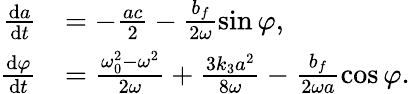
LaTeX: \begin{array}{rl}{\frac{\mathrm{d}a}{\mathrm{d}t}}&{=-\frac{ac}{2}-\frac{b_{f}}{2\omega}\sin\varphi,}\\ {\frac{\mathrm{d}\varphi}{\mathrm{d}t}}&{=\frac{\omega_{0}^{2}-\omega^{2}}{2\omega}+\frac{3k_{3}a^{2}}{8\omega}-\frac{b_{f}}{2\omega a}\cos\varphi.}\end{array}